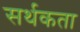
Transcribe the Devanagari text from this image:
सर्थकता